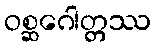
ဝစ္ဆဂေါတ္တဿ